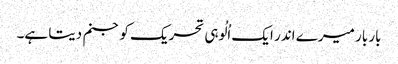
بار بار میرے اندر ایک اُلُوہی تحریک کو جنم دیتا ہے۔